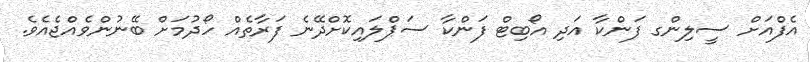
އެފްއަށް ސީލިންގ ފަންކާ އަދި އޯބިޓް ފަންކާ ސަޕްލައިކޮށްދޭނެ ފަރާތެއް ހޯދުމަށް ބޭނުންވެއްޖެއެވެ.